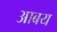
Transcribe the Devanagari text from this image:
आबय